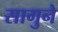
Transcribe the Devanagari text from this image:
सागुने